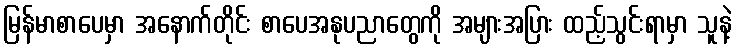
မြန်မာစာပေမှာ အနောက်တိုင်း စာပေအနုပညာတွေကို အများအပြား ထည့်သွင်းရာမှာ သူနဲ့